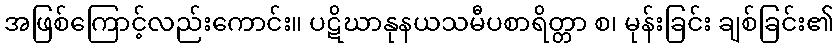
အဖြစ်ကြောင့်လည်းကောင်း။ ပဋိဃာနုနယသမီပစာရိတ္တာ စ၊ မုန်းခြင်း ချစ်ခြင်း၏